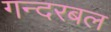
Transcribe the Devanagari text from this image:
गन्दरबल